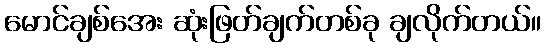
မောင်ချစ်အေး ဆုံးဖြတ်ချက်တစ်ခု ချလိုက်တယ်။